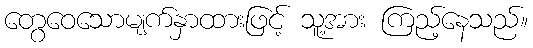
တွေဝေသောမျက်နှာထားဖြင့် သူ့အား ကြည့်နေသည်။